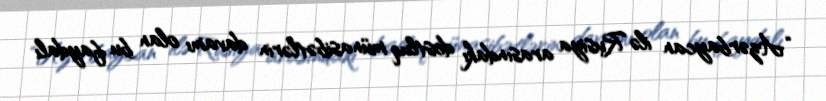
“Azərbaycan ilə Rusiya arasındakı dostluq münasibətlərin davamı olan bu faydalı